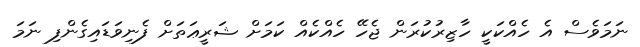
ނަމަވެސް އެ ހެއްކަކީ ހާޒިރުކުރަން ޖެހޭ ހެއްކެއް ކަމަށް ޝަރީޢަތަށް ފެނިވަޑައިގެންފި ނަމަ